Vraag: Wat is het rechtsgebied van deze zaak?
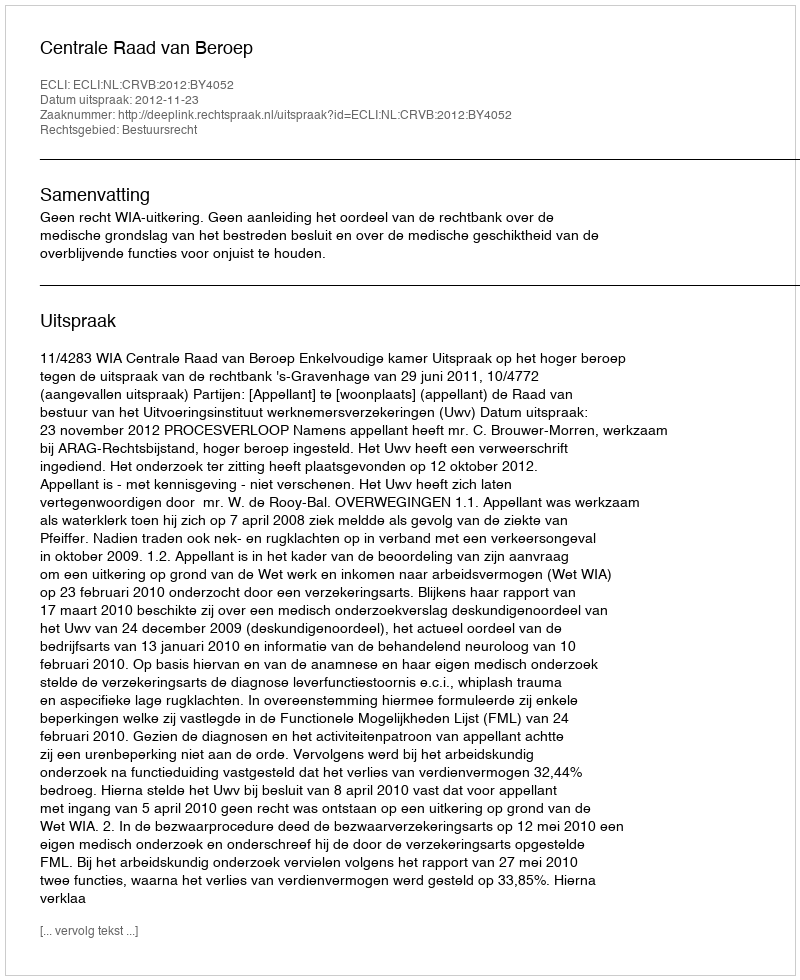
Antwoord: Bestuursrecht